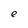
Character: e